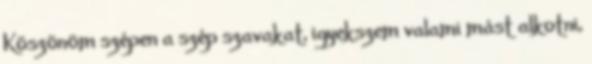
Köszönöm szépen a szép szavakat, igyekszem valami mást alkotni,